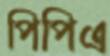
পিপিএ